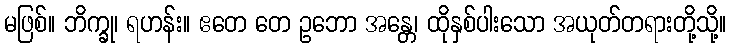
မဖြစ်။ ဘိက္ခု၊ ရဟန်း။ ဧတေ တေ ဥဘော အန္တေ၊ ထိုနှစ်ပါးသော အယုတ်တရားတို့သို့။